Report of the Municipal Commissioner on the plague in Bombay for the year ending 31st May... - Volume 1
Disease focus: Plague
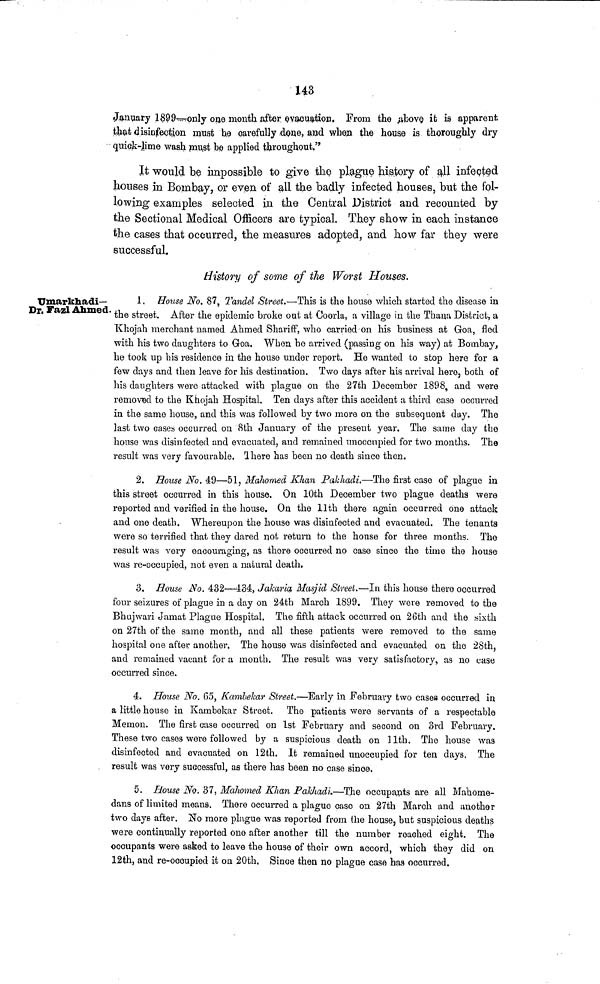
143
January 1899—only one month after evacuation. From the above it is apparent
that disinfection must be carefully done, and when the house is thoroughly dry
quick-lime wash must be applied throughout."
It would be impossible to give the plague history of all infected
houses in Bombay, or even of all the badly infected houses, but the fol-
lowing examples selected in the Central District and recounted by
the Sectional Medical Officers are typical. They show in each instance
the cases that occurred, the measures adopted, and how far they were
successful.
Umarkhadi—
Dr. Fazl Ahmed.
History of some of the Worst Houses.
1. House No. 87, Tandel Street.—This is the house which started the disease in
' the street. After the epidemic bi'oke out at Coorla, a village in the Thana District, a
Khojah merchant named Ahmed Shariff, who carried on his business at Goa, fled
with his two daughters to Goa. When he arrived (passing on his way) at Bombay,
he took up bis residence in the house under report. He wanted to stop here for a
few days and then leave for his destination. Two days after his arrival hero, both of
his daughters were attacked with plague on the 27th December 1898, and were
removed to the Khojah Hospital. Ten days after this accident a third case occurred
in the same house, and this was followed by two more on the subsequent day. The
last two cases occurred on 8th January of the present year. The same day the
house was disinfected and evacuated, and remained unoccupied for two months. The
result was very favourable. There has been no death since then.
2. House No. 49—51, Mahomed Khan Pakhadi.—The first case of plague in
this street occurred in this house. On 10th December two plague deaths were
reported and verified in the house. On the 11th there again occurred one attack
and one death. Whereupon the house was disinfected and evacuated. The tenants
were so terrified that they dared not return to the house for three months. The
result was very encouraging, as there occurred no case since the time the house
was re-occupied, not even a natural death.
3. House JSo. 432—434, Jakaria Masjid Street.—In this house there occurred
four seizures of plague in a day on 24th March 1899. They were removed to the
Bhujwari Jamat Plague Hospital. The fifth attack occurred on 26th and the sixth
on 27th of the same month, and all these patients were removed to the same
hospital one after another. The house was disinfected and evacuated on the 28th,
and remained vacant for a month. The result was very satisfactory, as no case
occurred since.
4. House No. 65, Kambekar Street.—Early in February two cases occurred in
a little house in Kambekar Street. The patients were servants of a respectable
Meinon. The first case occurred on 1st February and second on 3rd February.
These two cases were followed by a suspicious death on 11th. The house was
disinfected and evacuated on 12th. It remained unoccupied for ten days. The
result was very successful, as there has been no case since.
5. Bouse No. 37, Mahomed Khan Pakhadi—The occupants are all Mahome-
dans of limited means. There occurred a plague case on 27th March and another
two days after. No more plague was reported from the house, but suspicious deaths
were continually reported one after another till the number reached eight. The
occupants were asked to leave the house of their own accord, which they did on
12fch, and re-occupied it on 20th. Since then no plague case has occurred.